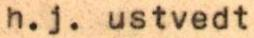
h.j. ustvedt